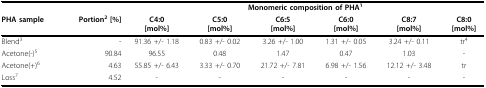
<table><thead><tr><td></td><td></td><td colspan="6"><b>Monomeric composition of PHA<sup>1</sup></b></td></tr><tr><td><b>PHA sample</b></td><td><b>Portion<sup>2 </sup>[%]</b></td><td><b>C4:0[mol%]</b></td><td><b>C5:0[mol%]</b></td><td><b>C6:5[mol%]</b></td><td><b>C6:0[mol%]</b></td><td><b>C8:7[mol%]</b></td><td><b>C8:0[mol%]</b></td></tr></thead><tbody><tr><td>Blend<sup>3</sup></td><td>-</td><td>91.36 +/- 1.18</td><td>0.83 +/- 0.02</td><td>3.26 +/- 1.00</td><td>1.31 +/- 0.05</td><td>3.24 +/- 0.11</td><td>tr4</td></tr><tr><td>Acetone(-)<sup>5</sup></td><td>90.84</td><td>96.55</td><td>0.48</td><td>1.47</td><td>0.47</td><td>1.03</td><td>-</td></tr><tr><td>Acetone(+)<sup>6</sup></td><td>4.63</td><td>55.85 +/- 6.43</td><td>3.33 +/- 0.70</td><td>21.72 +/- 7.81</td><td>6.98 +/- 1.56</td><td>12.12 +/- 3.48</td><td>tr</td></tr><tr><td>Loss<sup>7</sup></td><td>4.52</td><td>-</td><td>-</td><td>-</td><td>-</td><td>-</td><td>-</td></tr></tbody></table>